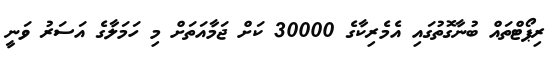
ރިޕޯޓްތައް ބުނާގޮތުގައި އެމެރިކާގެ 30000 ކަށް ޖަމާއަތަށް މި ހަމަލާގެ އަސަރު ވަނީ